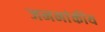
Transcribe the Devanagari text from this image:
जननांकीय